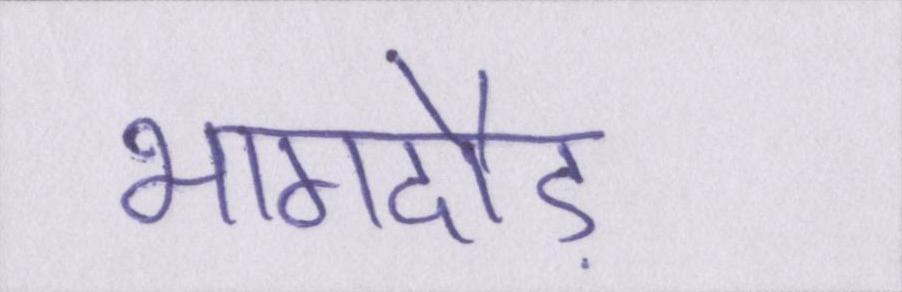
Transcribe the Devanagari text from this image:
भागदौड़